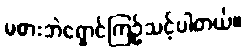
မစားဘဲရှောင်ကြဉ်သင့်ပါတယ်။